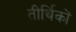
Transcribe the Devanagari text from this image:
तीर्थिकों